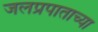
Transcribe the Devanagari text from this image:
जलप्रपाताच्या